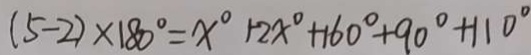
( 5 - 2 ) \times 1 8 0 ^ { \circ } = x ^ { \circ } + 2 x ^ { \circ } + 1 6 0 ^ { \circ } + 9 0 ^ { \circ } + 1 1 0 ^ { \circ }